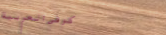
كوفي العربية